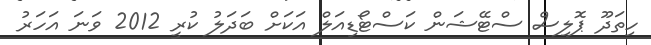
ހިތަދޫ ޕޮލިސް ސްޓޭޝަން ކަސްޓޯޑިއަލް އަކަށް ބަދަލު ކުރީ 2012 ވަނަ އަހަރު